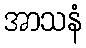
အာသနံ